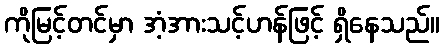
ကိုမြင့်တင်မှာ အံ့အားသင့်ဟန်ဖြင့် ရှိနေသည်။